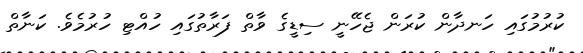
ކުރުމުގައި ހަނދާން ކުރަން ޖެހޭނީ ސިޑީގެ ވާތް ފަރާތުގައި ހުއްޓި ހުރުމެވެ. ކަނާތް